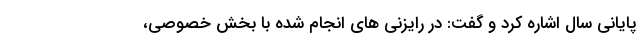
پایانی سال اشاره کرد و گفت: در رایزنی های انجام شده با بخش خصوصی،